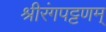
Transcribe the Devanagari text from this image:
श्रीरंगपट्टणम्